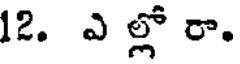
12. ఎ ల్లో రా.